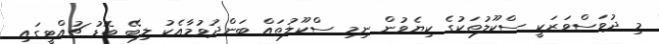
މި ދުވަސްވަރަކީ ސްކޫލުތަކުގެ ކިޔެވުން ނިމި ސްކޫލުތައް ބަންދުވުމާއެކު ލިބޭ ބޮޑު ޗުއްޓީގައި